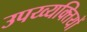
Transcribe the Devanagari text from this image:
उपय्व्यक्तियों